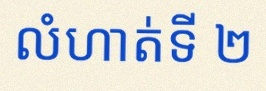
លំហាត់ទី ២